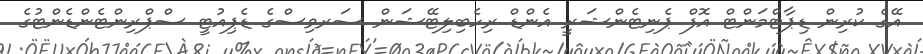
އޭގެ ކުރިން ޑިޕާޓްމަންޓް އޮފް ޕެނިޓެންޝަރީ އެންޑް ރިހެބިލިޓޭޝަން ސަރވިސްގެ ޑެޕިއުޓީ ސްޕްރިންޓެންޑެންޓުގެ